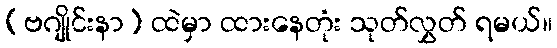
(ဗဂျိုင်းနာ) ထဲမှာ ထားနေတုံး သုတ်လွှတ် ရမယ်။